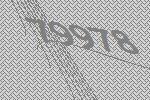
79978